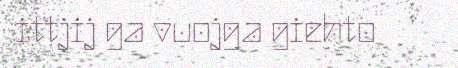
ittjij ga vuojga giehto